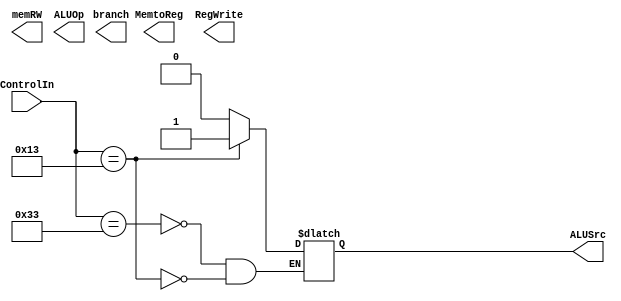
module Control(ControlIn, branch, memRW, MemtoReg, ALUOp, ALUSrc, RegWrite);


input [6:0] ControlIn;

output reg branch;
output reg memRW;
output reg MemtoReg;
output reg ALUOp;
output reg ALUSrc;
output reg RegWrite;

always @(*) begin
    case(ControlIn)
    7'b0110011: begin

        ALUSrc = 0;
        end
    7'b0010011: begin 
        ALUSrc = 1;
        end
    // 7'b1100011: $display("B-Type");
    // 7'b0100011: $display("S-Type");
    // 7'b0000011: $display("I(Load)-Type");



    endcase


end

endmodule